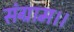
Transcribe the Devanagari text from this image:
संग्राम।।